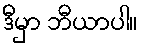
ဒီမှာ ဘီယာပါ။